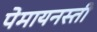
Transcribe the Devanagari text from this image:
पेमायनस्‍ती